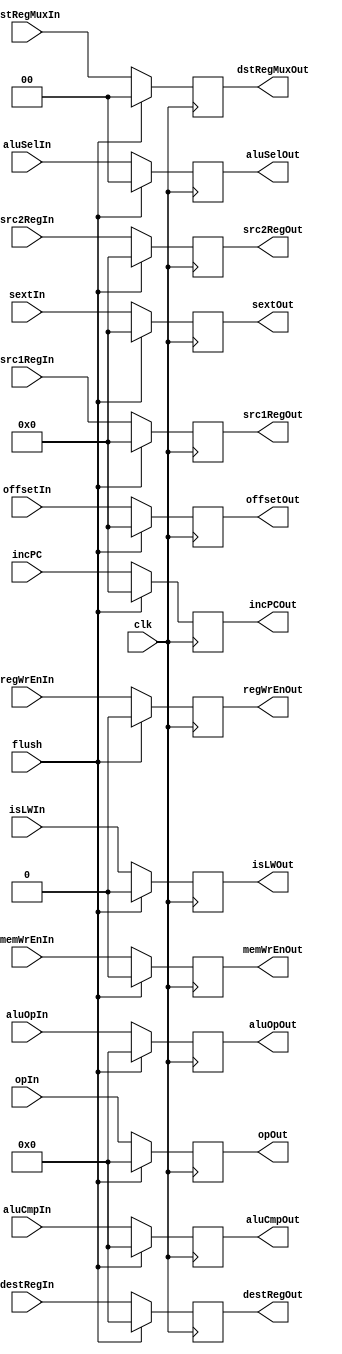
module DBUFF(incPC, src1RegIn, src2RegIn, sextIn, offsetIn, aluOpIn, aluCmpIn, aluSelIn, destRegIn, regWrEnIn, memWrEnIn, isLWIn, opIn, dstRegMuxIn, clk, flush,
	incPCOut, src1RegOut, src2RegOut, sextOut, offsetOut, aluOpOut, aluCmpOut, aluSelOut, destRegOut, regWrEnOut, memWrEnOut, isLWOut, opOut, dstRegMuxOut);
	input flush, clk, regWrEnIn, memWrEnIn, isLWIn;
	input [31:0] incPC, sextIn, src1RegIn, src2RegIn, offsetIn;
	input [3:0] destRegIn, aluOpIn, aluCmpIn, opIn;
	input [1:0] aluSelIn, dstRegMuxIn;
	output reg [31:0] incPCOut = 0, sextOut = 0, src1RegOut = 0, src2RegOut = 0, offsetOut = 0;
	output reg regWrEnOut = 0, memWrEnOut = 0, isLWOut = 0;
	output reg [3:0] destRegOut = 0, aluOpOut = 0, aluCmpOut = 0, opOut = 0;
	output reg [1:0] aluSelOut = 0, dstRegMuxOut = 0;
	
	always @(posedge clk) begin
		if (flush == 1'b1) begin
			{incPCOut, src1RegOut, src2RegOut, sextOut, offsetOut, aluOpOut, aluCmpOut, aluSelOut, destRegOut, regWrEnOut, memWrEnOut, isLWOut, opOut, dstRegMuxOut} <= 0;
		end
		else begin
			incPCOut <= incPC;
			sextOut <= sextIn;
			regWrEnOut <= regWrEnIn;
			memWrEnOut <= memWrEnIn;
			aluSelOut <= aluSelIn;
			src1RegOut <= src1RegIn;
			src2RegOut <= src2RegIn;
			destRegOut <= destRegIn;
			aluOpOut <= aluOpIn;
			isLWOut <= isLWIn;
			aluCmpOut <= aluCmpIn;
			opOut <= opIn;
			offsetOut <= offsetIn;
			dstRegMuxOut <= dstRegMuxIn;
		end
	end
endmodule